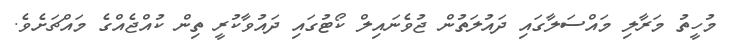
މުހީތު މަރާލި މައްސަލާގައި ދައުލަތުން ޖުވެނައިލް ކޯޓުގައި ދައުވާކުރީ ތިން ކުއްޖެއްގެ މައްޗަށެވެ.